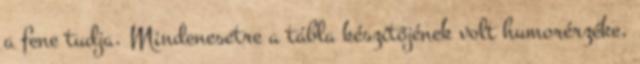
a fene tudja. Mindenesetre a tábla készítőjének volt humorérzéke,